Report on the working of the Ranchi Indian Mental Hospital, Kanke, in Bihar and Orissa - 1930-1940
Year: 1930
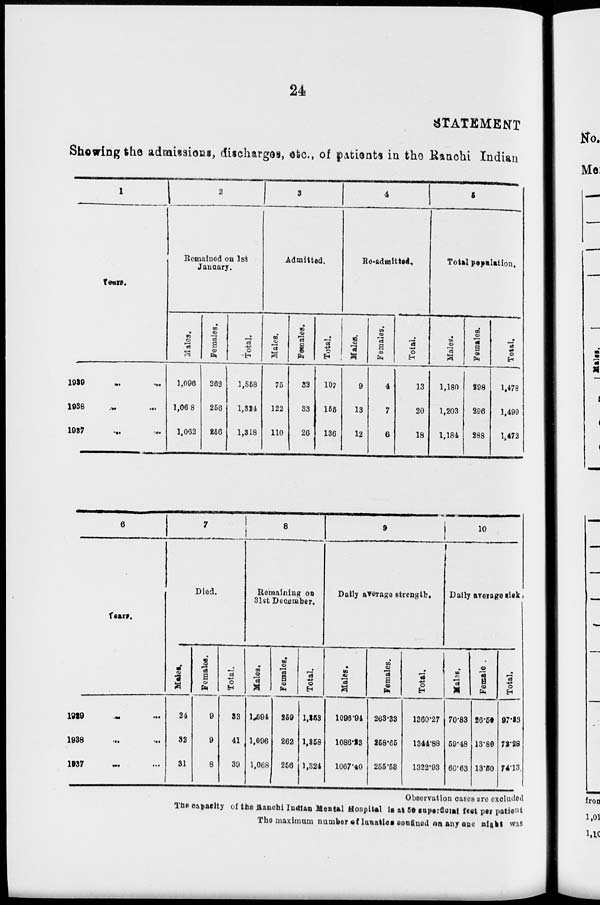
24
STATEMENT
Showing the admissions, discharges, etc, of patients in the Ranchi Indian
1
Years.
1939 ... ...
1938
...
...
1937
...
...
2
Remained on 1st
January.
Males.
1,096
1,06 8
1,062
Females.
262
256
256
Total.
1,358
1,324
1,318
3
Admitted.
Males.
75
122
110
Females.
32
33
26
Total.
107
155
136
4
Re-admittied.
Males.
9
13
12
Females.
4
7
6
Total.
13
20
18
5
Total population.
Males.
1,180
1,203
1,184
Females.
298
296
288
Total.
1,478
1,499
1,472
6
Years.
1939 ... ...
1938 ... ...
1937 ... ...
7
Died.
Males.
24
32
31
Females.
9
9
8
Total.
33
41
39
8
Remaining on
31st December.
Males.
1,094
1,096
1,068
Females.
259
262
256
Total.
1,253
1,358
1,324
9
Daily average strength.
Males.
1096.94
1086,23
1067.40
Females.
263.33
258.65
255.58
Total.
1360.27
1344.88
1322.93
10
Daily average sick.
Males.
70.83
59.48
60.63
Female .
26.50
13.80
13.50
Total.
97.33
73.28
74.13
Observation cases are excluded
The capacity of the Ranchi Indian Mental Hospital is at 50 superficial feet per patient
The maximum number of lunatics confined on any one night was